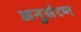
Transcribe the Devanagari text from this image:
अनुसंरण